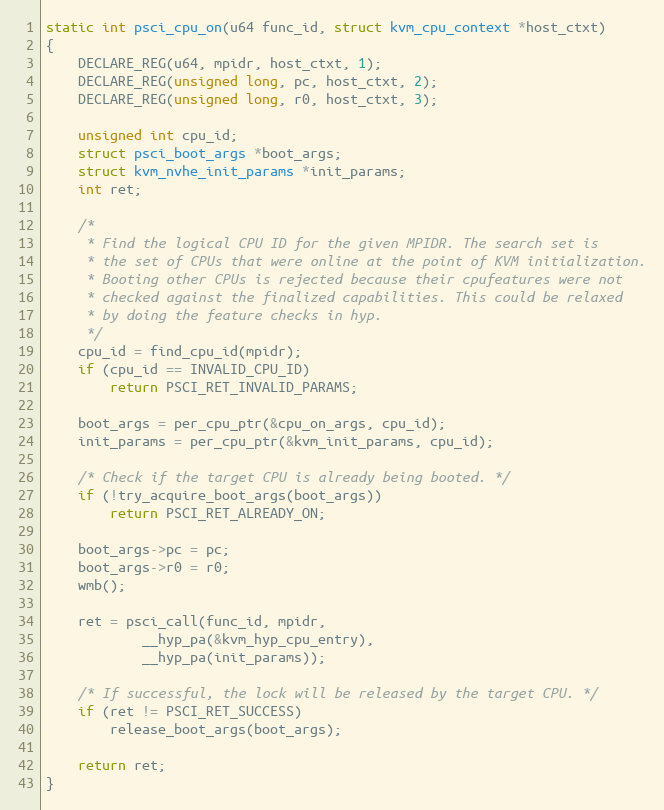
Language: C
static int psci_cpu_on(u64 func_id, struct kvm_cpu_context *host_ctxt)
{
	DECLARE_REG(u64, mpidr, host_ctxt, 1);
	DECLARE_REG(unsigned long, pc, host_ctxt, 2);
	DECLARE_REG(unsigned long, r0, host_ctxt, 3);

	unsigned int cpu_id;
	struct psci_boot_args *boot_args;
	struct kvm_nvhe_init_params *init_params;
	int ret;

	/*
	 * Find the logical CPU ID for the given MPIDR. The search set is
	 * the set of CPUs that were online at the point of KVM initialization.
	 * Booting other CPUs is rejected because their cpufeatures were not
	 * checked against the finalized capabilities. This could be relaxed
	 * by doing the feature checks in hyp.
	 */
	cpu_id = find_cpu_id(mpidr);
	if (cpu_id == INVALID_CPU_ID)
		return PSCI_RET_INVALID_PARAMS;

	boot_args = per_cpu_ptr(&cpu_on_args, cpu_id);
	init_params = per_cpu_ptr(&kvm_init_params, cpu_id);

	/* Check if the target CPU is already being booted. */
	if (!try_acquire_boot_args(boot_args))
		return PSCI_RET_ALREADY_ON;

	boot_args->pc = pc;
	boot_args->r0 = r0;
	wmb();

	ret = psci_call(func_id, mpidr,
			__hyp_pa(&kvm_hyp_cpu_entry),
			__hyp_pa(init_params));

	/* If successful, the lock will be released by the target CPU. */
	if (ret != PSCI_RET_SUCCESS)
		release_boot_args(boot_args);

	return ret;
}